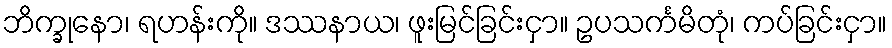
ဘိက္ခုနော၊ ရဟန်းကို။ ဒဿနာယ၊ ဖူးမြင်ခြင်းငှာ။ ဥပသင်္ကမိတုံ၊ ကပ်ခြင်းငှာ။